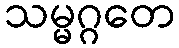
သမ္မဂ္ဂတေ